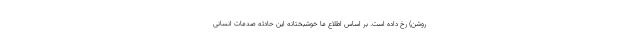
روشن) رخ داده است. بر اساس اطلاع ما خوشبختانه این حادثه صدمات انسانی